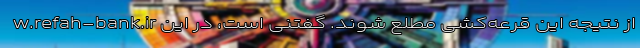
w.refah-bank.ir از نتیجه این قرعه‌کشی مطلع شوند. گفتنی است، در این